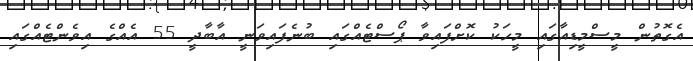
އެގޮތުން މީސްމީޑިއާގައި މީހަކު ކޮށްފައިވާ ޕޯސްޓެއްގައި ބުނެފައިވަނީ އާބާދީ 55 އެއްގެ އިވެންޓެއްގައި